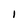
Character: I